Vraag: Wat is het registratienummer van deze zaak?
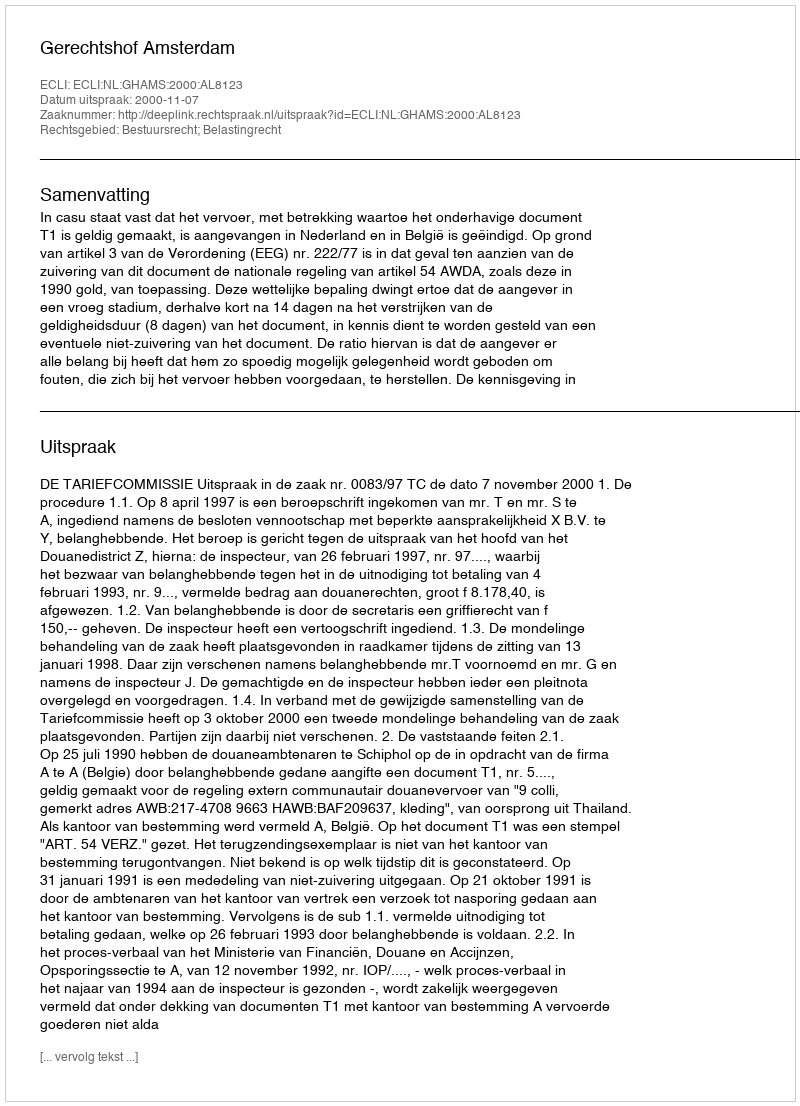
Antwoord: http://deeplink.rechtspraak.nl/uitspraak?id=ECLI:NL:GHAMS:2000:AL8123